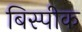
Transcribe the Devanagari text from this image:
बिस्पीक